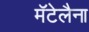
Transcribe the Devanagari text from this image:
मॅटेलैना